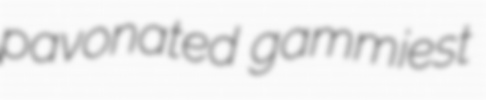
pavonated gammiest